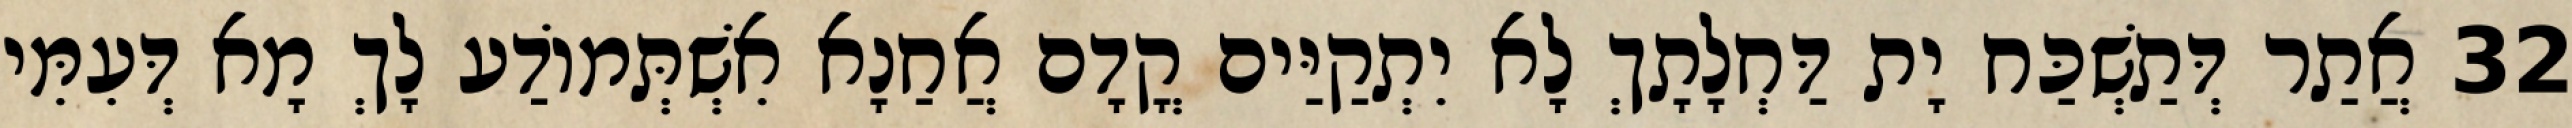
32 אֲתַר דְּתַשְׁכַּח יָת דַּחְלָתָךְ לָא יִתְקַיַּים קֳדָם אֲחַנָא אִשְׁתְּמוֹדַע לָךְ מָא דְּעִמִּי